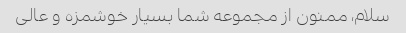
سلام، ممنون از مجموعه شما بسیار خوشمزه و عالی